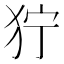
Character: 狞